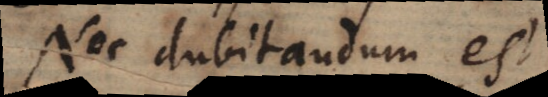
Nec dubitandum est